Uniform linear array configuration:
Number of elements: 48
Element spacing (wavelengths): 1
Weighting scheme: hamming
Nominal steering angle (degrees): -60
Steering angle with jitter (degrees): -61.876
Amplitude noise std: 0.05
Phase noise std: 0.05

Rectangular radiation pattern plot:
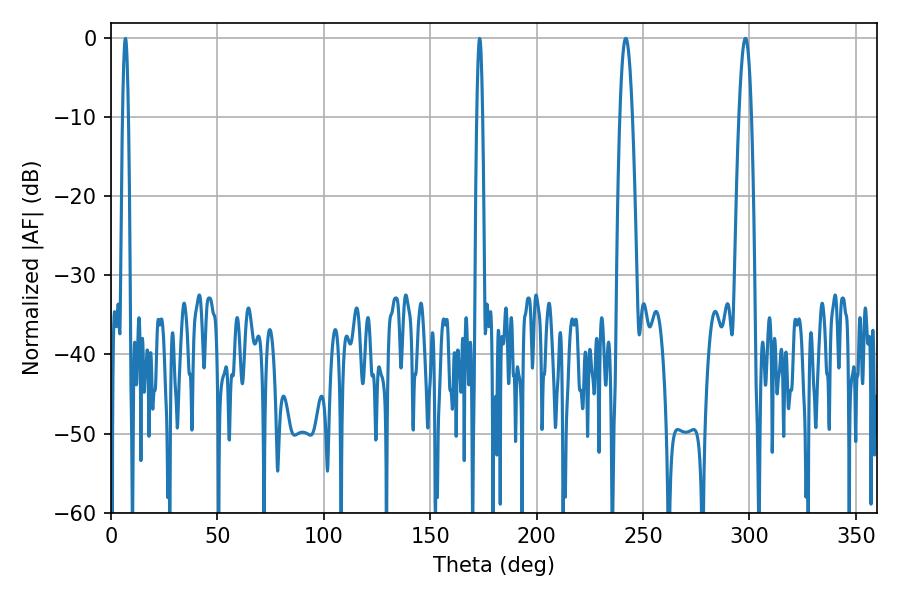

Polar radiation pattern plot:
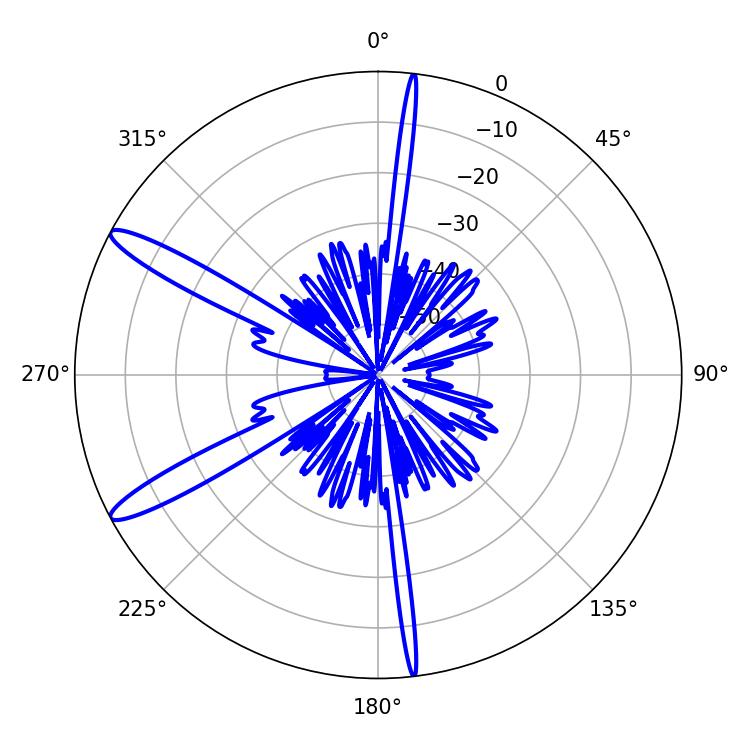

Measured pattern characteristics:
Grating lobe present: TRUE
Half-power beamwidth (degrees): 3.24
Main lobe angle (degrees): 298.08